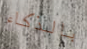
بالذكاء